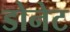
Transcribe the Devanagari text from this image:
डोनेट